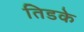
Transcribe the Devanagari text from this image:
तिडके